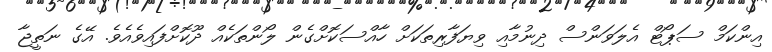
އިންކަމް ސަޕޯޓް އެލަވަންސް ދިނުމާއި ވިޔަފާރިތަކަށް ހާއްސަކޮށްގެން ލޯންތަކެއް ދޫކޮށްފައިވެއެވެ. އޭގެ ނަތީޖާ